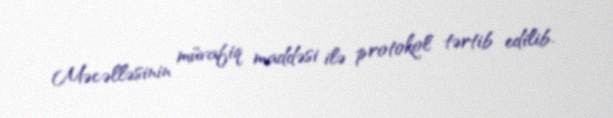
Məcəlləsinin müvafiq maddəsi ilə protokol tərtib edilib.